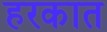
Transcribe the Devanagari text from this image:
हरकात